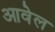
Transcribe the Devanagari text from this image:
आवेल